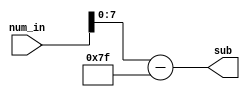
module sub_127(num_in, sub);
  input[8:0] num_in;
  output [7:0] sub;
  assign sub = (num_in - 127);
endmodule